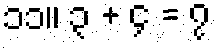
၁၁။ ၃ + ၄ = ၇